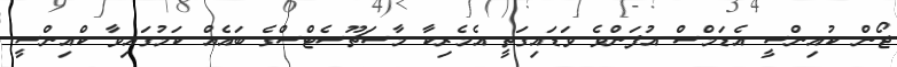
ޖޯން ކުއިންސީ އެޑަމްސް އުފަންވެ ވަޑައިގަތީ އެމެރިކާ މާސަޗޫސެޓްސްގެ ބައެއް ކަމުގައިވާ ކްއިންސީ